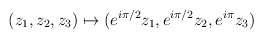
\begin{align*}(z_1,z_2,z_3) \mapsto (e^{i \pi /2} z_1, e^{i \pi / 2} z_2, e^{i \pi} z_3)\end{align*}